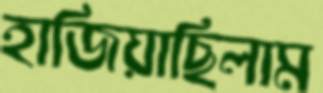
হাজিয়াছিলাম